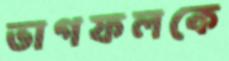
ভাগফলকে